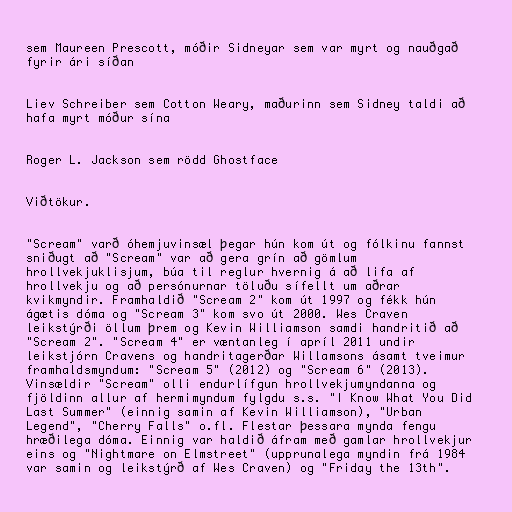
sem Maureen Prescott, móðir Sidneyar sem var myrt og nauðgað
fyrir ári síðan

Liev Schreiber sem Cotton Weary, maðurinn sem Sidney taldi að
hafa myrt móður sína

Roger L. Jackson sem rödd Ghostface

Viðtökur.

"Scream" varð óhemjuvinsæl þegar hún kom út og fólkinu fannst
sniðugt að "Scream" var að gera grín að gömlum
hrollvekjuklisjum, búa til reglur hvernig á að lifa af
hrollvekju og að persónurnar töluðu sífellt um aðrar
kvikmyndir. Framhaldið "Scream 2" kom út 1997 og fékk hún
ágætis dóma og "Scream 3" kom svo út 2000. Wes Craven
leikstýrði öllum þrem og Kevin Williamson samdi handritið að
"Scream 2". "Scream 4" er væntanleg í apríl 2011 undir
leikstjórn Cravens og handritagerðar Willamsons ásamt tveimur
framhaldsmyndum: "Scream 5" (2012) og "Scream 6" (2013).
Vinsældir "Scream" olli endurlífgun hrollvekjumyndanna og
fjöldinn allur af hermimyndum fylgdu s.s. "I Know What You Did
Last Summer" (einnig samin af Kevin Williamson), "Urban
Legend", "Cherry Falls" o.fl. Flestar þessara mynda fengu
hræðilega dóma. Einnig var haldið áfram með gamlar hrollvekjur
eins og "Nightmare on Elmstreet" (upprunalega myndin frá 1984
var samin og leikstýrð af Wes Craven) og "Friday the 13th".